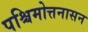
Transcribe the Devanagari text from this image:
पश्चिमोत्तनासन